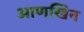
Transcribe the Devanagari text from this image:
आणखिन